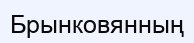
Брынковянның